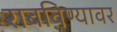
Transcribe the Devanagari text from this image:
राबविण्यावर